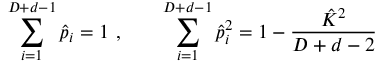
\sum _ { i = 1 } ^ { D + d - 1 } \hat { p } _ { i } = 1 \ , \qquad \sum _ { i = 1 } ^ { D + d - 1 } \hat { p } _ { i } ^ { 2 } = 1 - \frac { \hat { K } ^ { 2 } } { D + d - 2 }